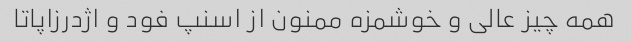
همه چیز عالی و خوشمزه ممنون از اسنپ فود و اژدرزاپاتا